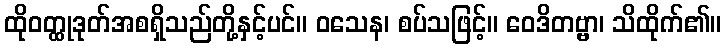
ထိုဝတ္ထုဒုတ်အစရှိသည်တို့နှင့်ပင်။ ဝသေန၊ စပ်သဖြင့်။ ဝေဒိတဗ္ဗာ၊ သိထိုက်၏။